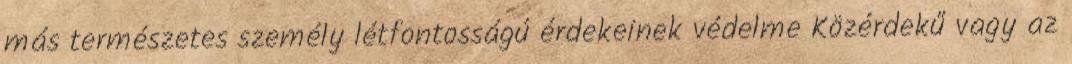
más természetes személy létfontosságú érdekeinek védelme Közérdekű vagy az